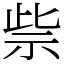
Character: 祡